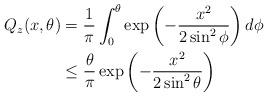
LaTeX: \begin{align*}Q_z(x,\theta)&=\frac{1}{\pi}\int_{0}^{\theta}\exp\left(-\frac{x^2}{2\sin^2\phi}\right)d\phi\\&\leq \frac{\theta}{\pi}\exp\left(-\frac{x^2}{2\sin^2\theta}\right)\end{align*}